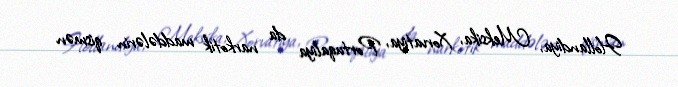
Hollandiya, Meksika, Xorvatiya, Portuqaliya da narkotik maddələrin qismən